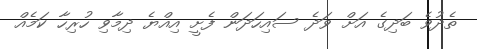
ތެދުވެ ބަދިގެ އަށް ވަދެ ސައިހަދަން ފެށީ އިއްޔެ ދިމާވި ހުރިހާ ކަމެއް